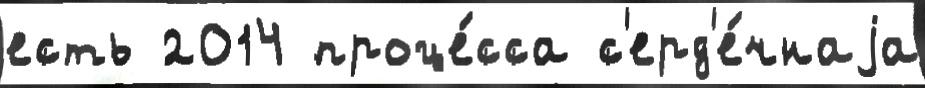
есть 2014 проце́сса с'ерд'е́чнаjа